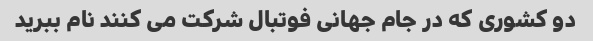
دو کشوری که در جام جهانی فوتبال شرکت می کنند نام ببرید